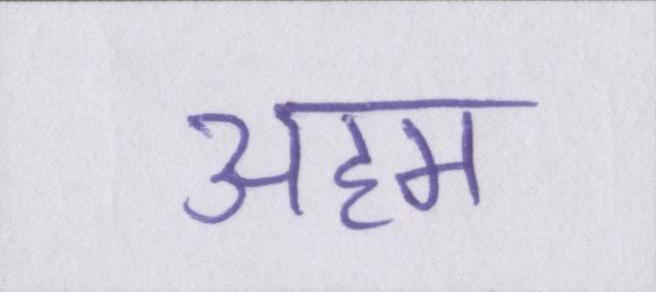
अहम